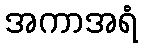
အကာအရံ